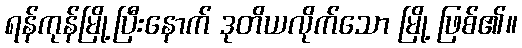
ရန်ကုန်မြို့ပြီးနောက် ဒုတိယလိုက်သော မြို့ ဖြစ်၏။